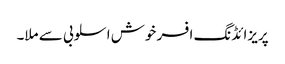
پریزائڈنگ افسر خوش اسلوبی سے ملا۔